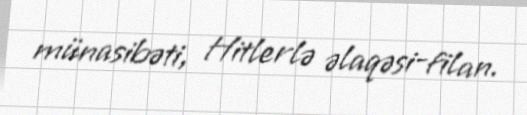
münasibəti, Hitlerlə əlaqəsi-filan.